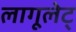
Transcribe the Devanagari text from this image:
लागूलेट्